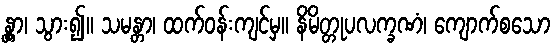
န္တွာ၊ သွား၍။ သမန္တာ၊ ထက်ဝန်းကျင်မှ။ နိမိတ္တုပလက္ခဏံ၊ ကျောက်စသော